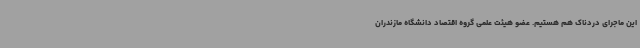
این ماجرای دردناک هم هستیم. عضو هیئت علمی گروه اقتصاد دانشگاه مازندران